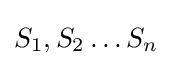
S_{1},S_{2}\dots S_{n}